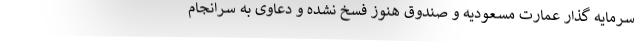
سرمایه گذار عمارت مسعودیه و صندوق هنوز فسخ نشده و دعاوی به سرانجام